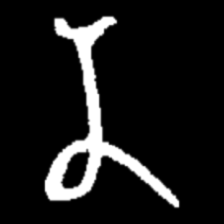
Pyu character \u2014 Myanmar letter: န (romanized: na)